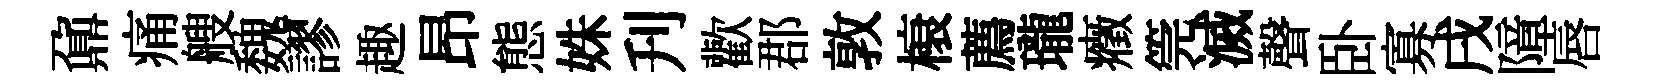
鼐痛艘魏謬趣昂態姝刋歡郡敦榱薦瓏癥筦滅聲卧寡戌障唇